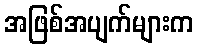
အဖြစ်အပျက်များက